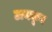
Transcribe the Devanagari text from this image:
टायकून